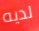
لديه